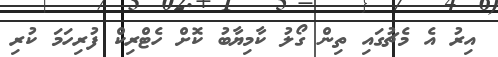
އިރު އެ މެޗުގައި ތިން ގޯލު ކާމިޔާބު ކޮށް ހެޓްރިކް ފުރިހަމަ ކުރި